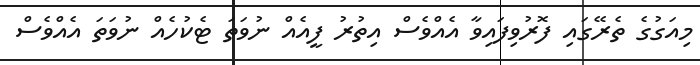
މިއަގުގެ ތެރޭގައި ފޮރުވިފައިވާ އެއްވެސް އިތުރު ފީއެއް ނުވަތަ ޓެކުހެއް ނުވަތަ އެއްވެސް